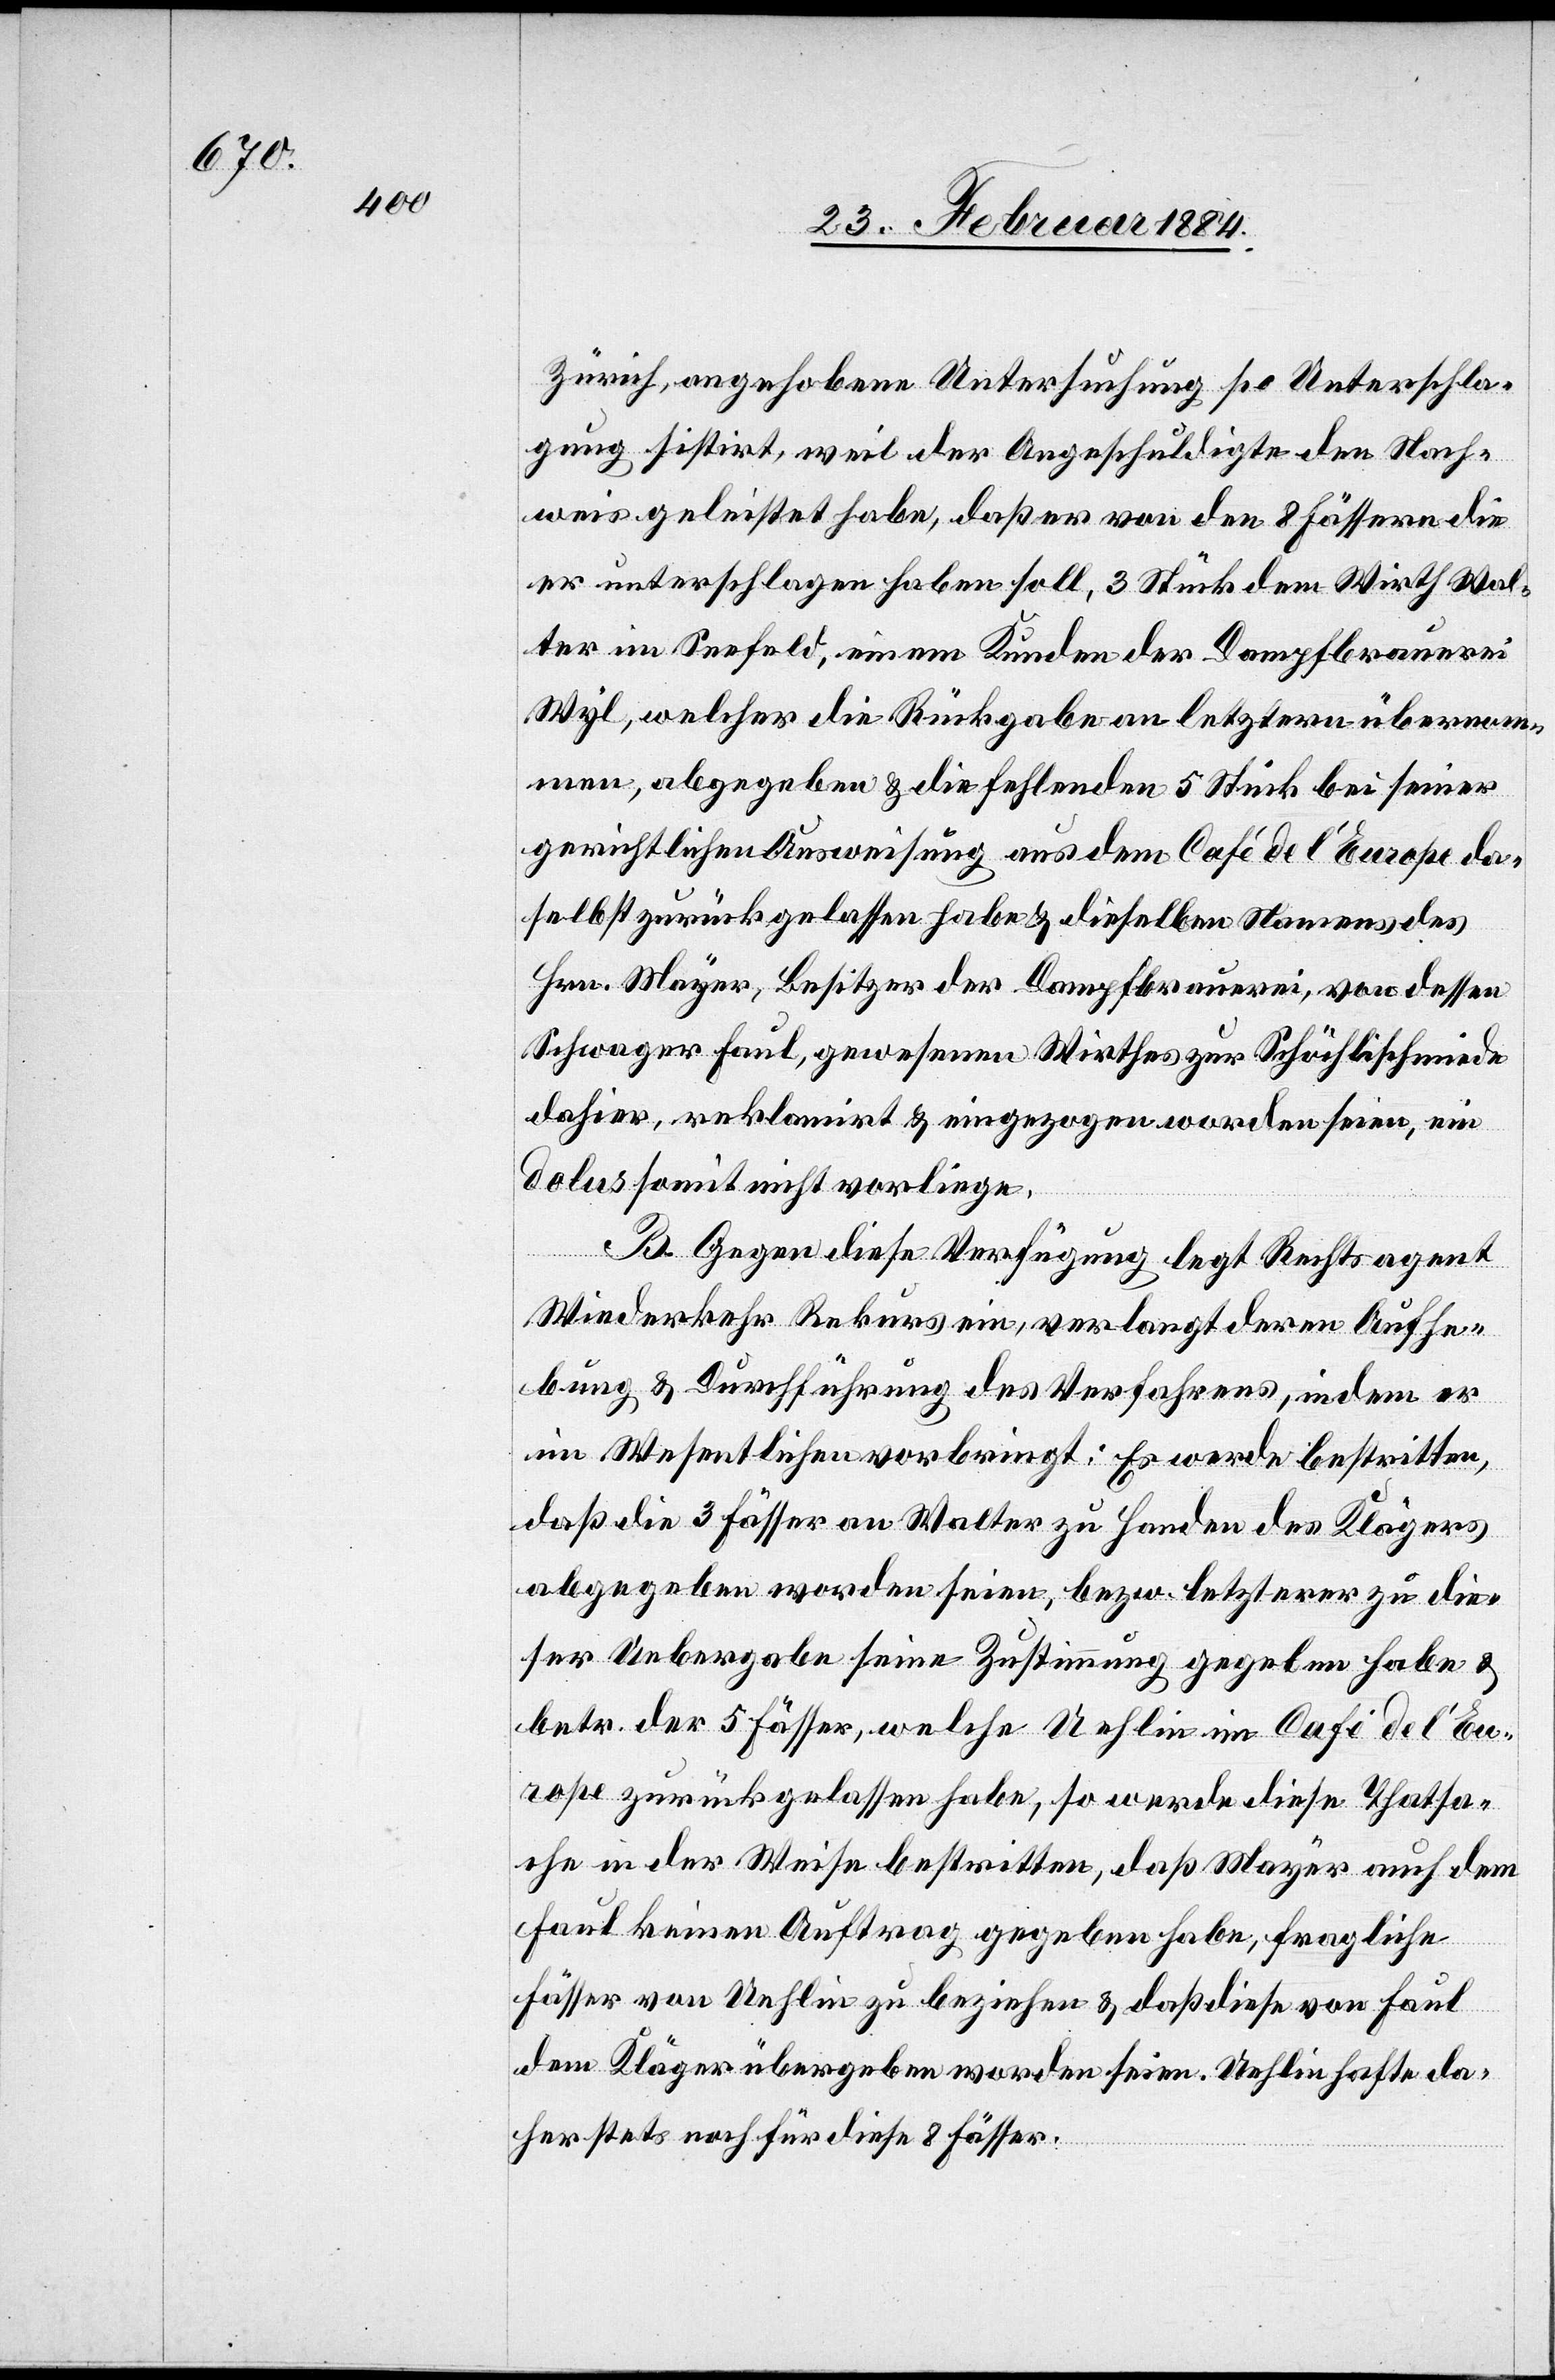
Zürich, angehobene Untersuchung, po Unterschla¬
gung sistirt, weil der Angeschuldigte den Nach¬
weis geleistet habe, daß er von den 8 Fässern die
er unterschlagen haben soll, 3 Stück dem Wirth Wal¬
ter im Seefeld, einem Kunden der Dampfbrauerei
Wyl, welcher die Rückgabe an letztern übernom¬
men, abgegeben & die fehlenden 5 Stück bei seiner
gerichtlichen Ausweisung aus dem Café de l’Europe da¬
selbst zurückgelassen habe & dieselben Namens des
Hrn. Mayer, Besitzer der Dampfbrauerei, von dessen
Schwager Faul, gewesenen Wirthes zur Schöchlischmiede
dahier, reklamirt & eingezogen worden seien, ein
Dolus somit nicht vorliege.
B. Gegen diese Verfügung legt Rechtsagent
Wiederkehr Rekurs ein, verlangt deren Aufhe¬
bung & Durchführung des Verfahrens, indem er
im Wesentlichen vorbringt: Es werde bestritten,
daß die 3 Fässer an Walter zu Handen des Klägers
abgegeben worden seien, bzw. letzterer zu die¬
ser Uebergabe seine Zustimmung gegeben habe &
betr. der 5 Fässer, welche Uehlin im Café de l’Eur¬
ope zurückgelassen habe, so werde diese Thatsa¬
che in der Weise bestritten, daß Mayer auch dem
Faul keinen Auftrag gegeben habe, fragliche
Fässer von Uehlin zu beziehen & daß diese von Faul
dem Kläger übergeben worden seien. Uehlin hafte da¬
her stets noch für diese 8 Fässer.